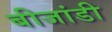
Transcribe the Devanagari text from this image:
बीजांडी